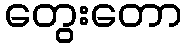
တွေးတော